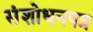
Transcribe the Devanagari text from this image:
संशोधनपत्र